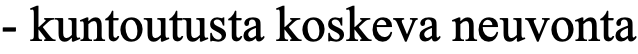
- kuntoutusta koskeva neuvonta